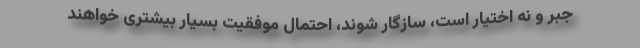
جبر و نه اختیار است، سازگار شوند، احتمال موفقیت بسیار بیشتری خواهند